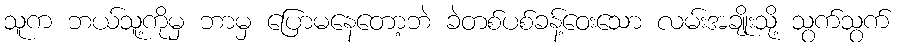
သူက ဘယ်သူ့ကိုမှ ဘာမှ ပြောမနေတော့ဘဲ ခဲတစ်ပစ်ခန့်ဝေးသော လမ်းအချိုးသို့ သွက်သွက်